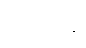
ဒိဗ္ဗယာနံ